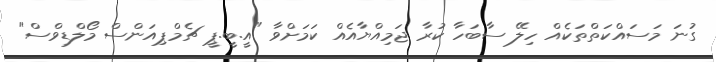
ގުނަ މަސައްކަތްތަކެއް ހިލޭ ސާބަހާ ކުރާ ޖަމިއްޔާއެއް ކަމަށްވާ "އީ.ބީ.ޕީ ޗެމްޕިއަންސް މޯލްޑިވްސް"